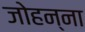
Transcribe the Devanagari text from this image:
जोहन्ना